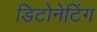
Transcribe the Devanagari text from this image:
डिटोनेटिंग